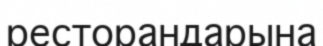
ресторандарына